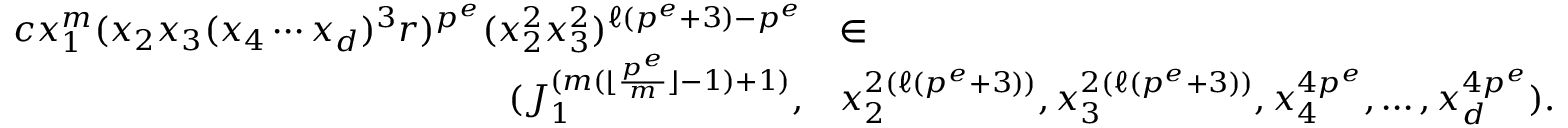
\begin{array} { r l } { c x _ { 1 } ^ { m } ( x _ { 2 } x _ { 3 } ( x _ { 4 } \cdots x _ { d } ) ^ { 3 } r ) ^ { p ^ { e } } ( x _ { 2 } ^ { 2 } x _ { 3 } ^ { 2 } ) ^ { \ell ( p ^ { e } + 3 ) - p ^ { e } } } & { \in } \\ { ( J _ { 1 } ^ { ( m ( \lfloor \frac { p ^ { e } } { m } \rfloor - 1 ) + 1 ) } , } & { x _ { 2 } ^ { 2 ( \ell ( p ^ { e } + 3 ) ) } , x _ { 3 } ^ { 2 ( \ell ( p ^ { e } + 3 ) ) } , x _ { 4 } ^ { 4 p ^ { e } } , \ldots , x _ { d } ^ { 4 p ^ { e } } ) . } \end{array}